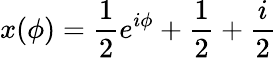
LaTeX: x(\phi)=\frac{1}{2}e^{i\phi}+\frac{1}{2}+\frac{i}{2}